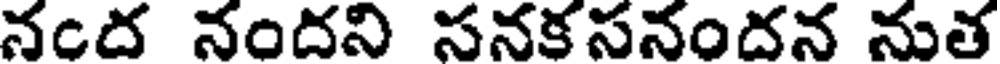
నంద నందని సనకసనందన నుత